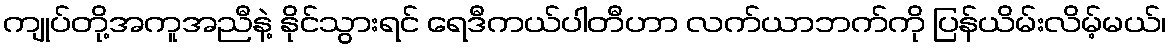
ကျုပ်တို့အကူအညီနဲ့ နိုင်သွားရင် ရေဒီကယ်ပါတီဟာ လက်ယာဘက်ကို ပြန်ယိမ်းလိမ့်မယ်၊